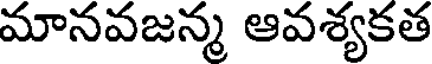
మానవజన్మ ఆవశ్యకత